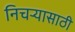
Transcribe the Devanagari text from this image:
निचर्‍यासाठी